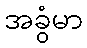
အခွံမာ